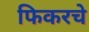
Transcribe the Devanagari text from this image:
फिकरचे